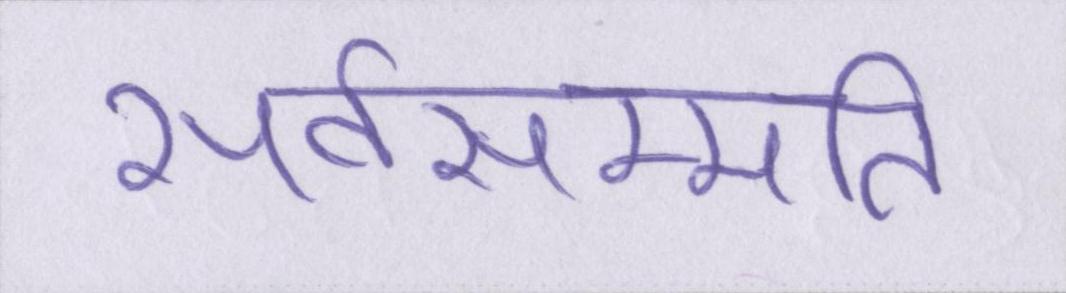
सर्वसम्मति